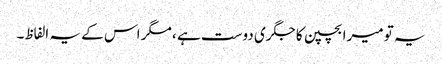
یہ تو میرا بچپن کا جگری دوست ہے ، مگر اس کے یہ الفاظ۔